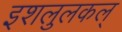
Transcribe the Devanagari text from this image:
इशलुलकल्